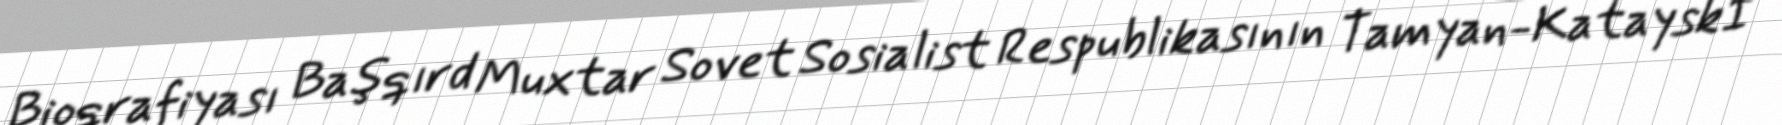
Bioqrafiyası Başqırd Muxtar Sovet Sosialist Respublikasının Tamyan-Katayskİ